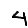
Digit: 4